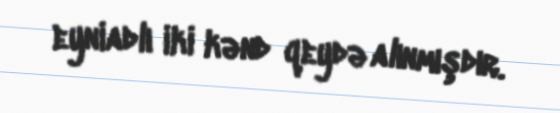
eyniadlı iki kənd qeydə alınmışdır.